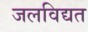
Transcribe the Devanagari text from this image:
जलविद्यत